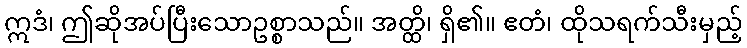
ဣဒံ၊ ဤဆိုအပ်ပြီးသောဥစ္စာသည်။ အတ္ထိ၊ ရှိ၏။ ဧတံ၊ ထိုသရက်သီးမှည့်